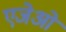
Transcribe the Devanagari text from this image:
एजेओ